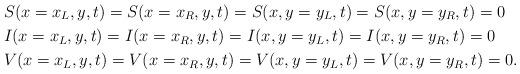
LaTeX: \begin{align*} & S(x=x_L,y,t)= S(x=x_R,y,t)= S(x,y=y_L,t)= S(x,y=y_R,t)= 0 \\ &I(x=x_L,y,t)= I(x=x_R,y,t)= I(x,y=y_L,t)= I(x,y=y_R,t)= 0\\ &V(x=x_L,y,t)= V(x=x_R,y,t)= V(x,y=y_L,t)= V(x,y=y_R,t)= 0. \end{align*}